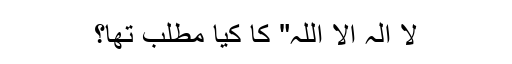
لا الہ الا اللہ" کا کیا مطلب تھا؟